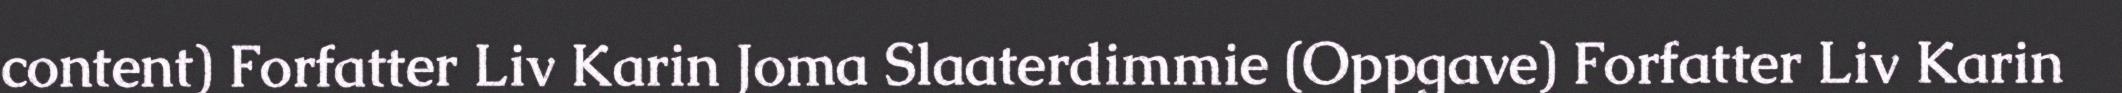
content) Forfatter Liv Karin Joma Slaaterdimmie (Oppgave) Forfatter Liv Karin